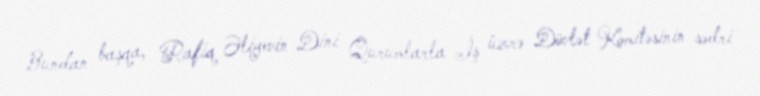
Bundan başqa, Rafiq Əliyevin Dini Qurumlarla İş üzrə Dövlət Komitəsinin sədri